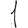
Digit: 1